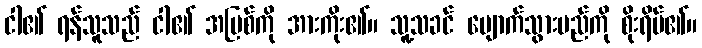
ငါ၏ ရန်သူသည် ငါ၏ အပြစ်ကို အားကိုး၏။ သူ့သခင် ပျောက်သွားမည်ကို စိုးရိမ်၏။